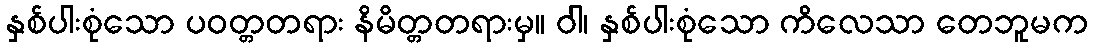
နှစ်ပါးစုံသော ပဝတ္တတရား နိမိတ္တတရားမှ။ ဝါ၊ နှစ်ပါးစုံသော ကိလေသာ တေဘူမက